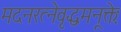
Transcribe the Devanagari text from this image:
मदनरत्नेवृद्धमनूक्तेः